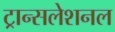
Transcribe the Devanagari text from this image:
ट्रान्सलेशनल